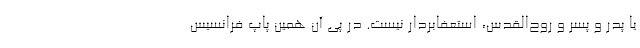
یا پدر و پسر و روح‌القدس، استعفابردار نیست. در پی آن همین پاپ فرانسیس